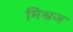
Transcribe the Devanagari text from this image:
मिश्रज